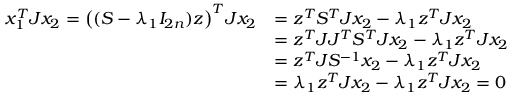
\begin{array} { r l } { x _ { 1 } ^ { T } J x _ { 2 } = \big ( ( S - \lambda _ { 1 } I _ { 2 n } ) z \big ) ^ { T } J x _ { 2 } } & { = z ^ { T } S ^ { T } J x _ { 2 } - \lambda _ { 1 } z ^ { T } J x _ { 2 } } \\ & { = z ^ { T } J J ^ { T } S ^ { T } J x _ { 2 } - \lambda _ { 1 } z ^ { T } J x _ { 2 } } \\ & { = z ^ { T } J S ^ { - 1 } x _ { 2 } - \lambda _ { 1 } z ^ { T } J x _ { 2 } } \\ & { = \lambda _ { 1 } z ^ { T } J x _ { 2 } - \lambda _ { 1 } z ^ { T } J x _ { 2 } = 0 } \end{array}